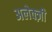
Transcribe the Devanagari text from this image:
अलेक्ज़ी